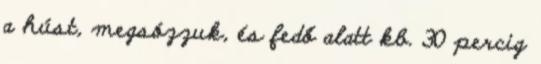
a húst, megsózzuk, és fedő alatt kb. 30 percig